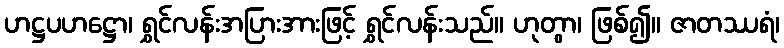
ဟဋ္ဌပဟဋ္ဌော၊ ရွှင်လန်းအပြားအားဖြင့် ရွှင်လန်းသည်။ ဟုတွာ၊ ဖြစ်၍။ ဇာတဿရံ၊